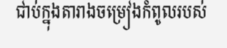
ជាប់ក្នុងតារាងចម្រៀងកំពូលរបស់